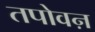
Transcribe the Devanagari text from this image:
तपोवऩ